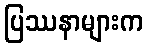
ပြဿနာများက